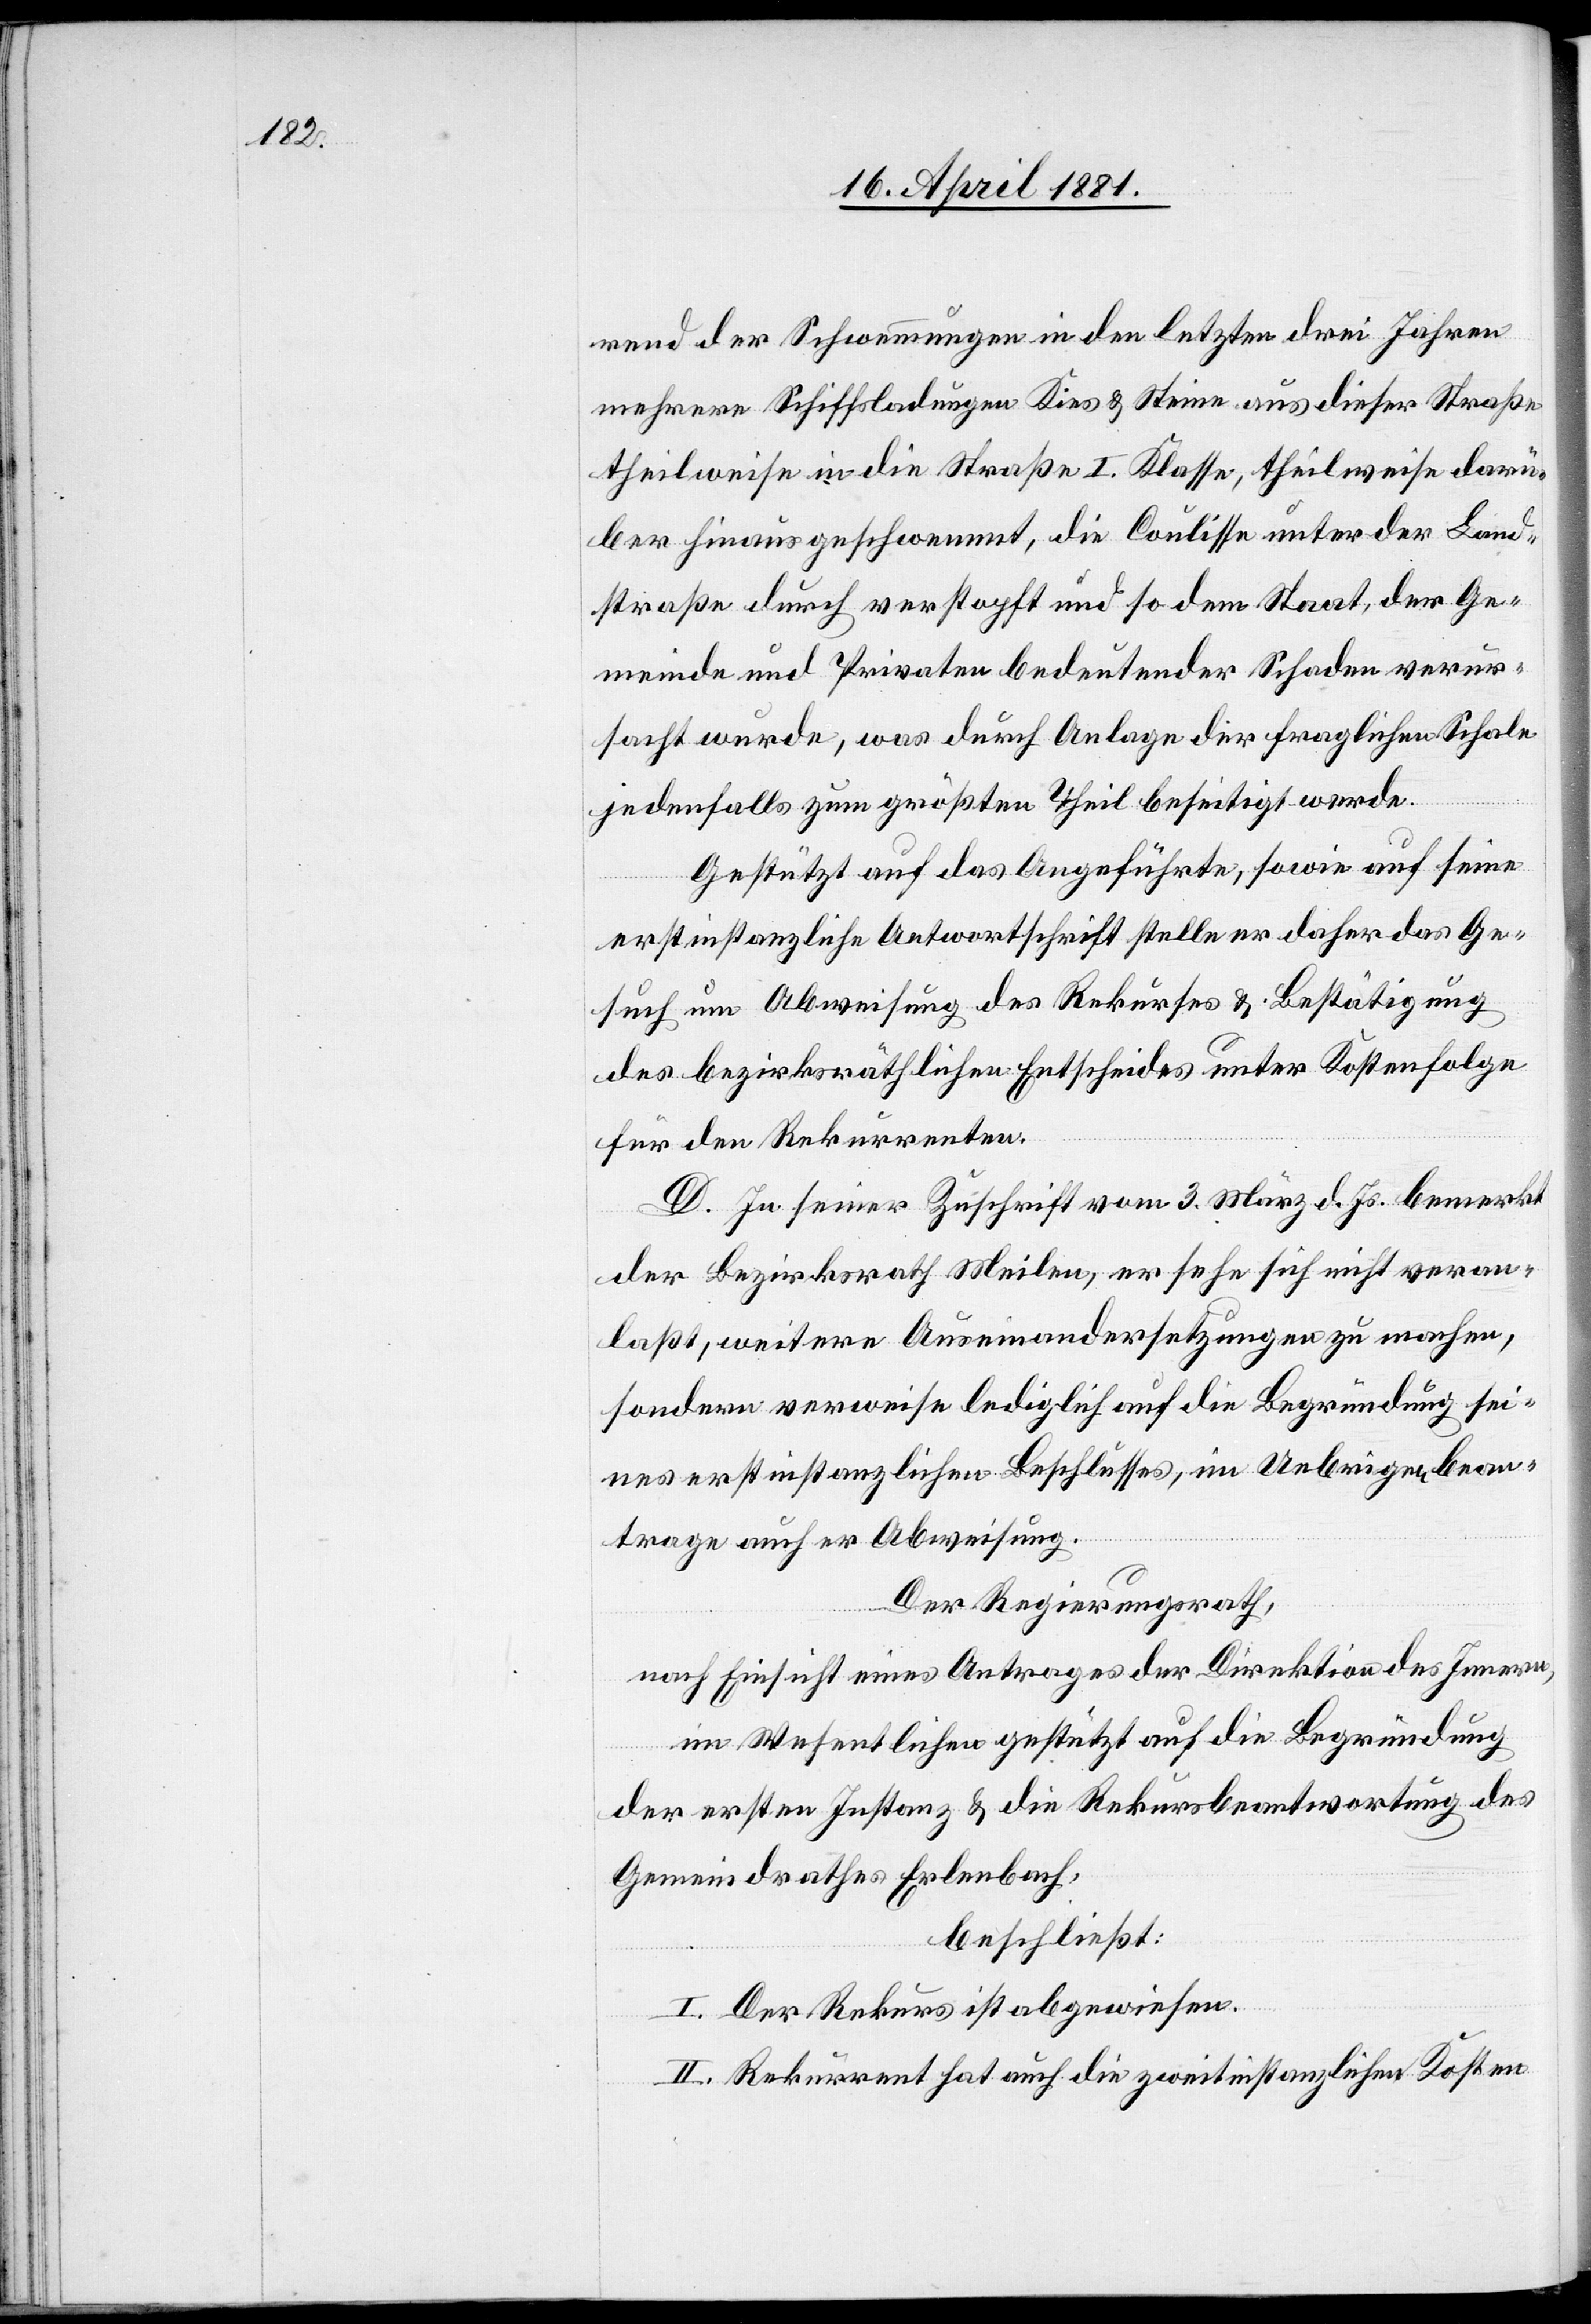
rend der Schwemmungen in den letzten drei Jahren
mehrere Schiffsladungen Kies & Steine aus dieser Straße
theilweise in die Straße I. Klasse, theilweise darü¬
ber hinaus geschwemmt, die Coulisse unter der Land¬
straße durch verstopft und so dem Staat, der Ge¬
meinde und Privaten bedeutender Schaden verur¬
sacht wurde, was durch Anlage der fraglichen Schale
jedenfalls zum größten Theil beseitigt werde.
Gestützt auf das Angeführte, sowie auf seine
erstinstanzliche Antwortschrift stelle er daher das Ge¬
such um Abweisung des Rekurses & Bestätigung
des bezirksräthlichen Entscheides unter Kostenfolge
für den Rekurrenten.
Der Regierungsrath,
nach Einsicht eines Antrages der Direktion des Innern,
im Wesentlichen gestützt auf die Begründung
der ersten Instanz & die Rekursbeantwortung des
Gemeindrathes Erlenbach,
beschließt:
I. Der Rekurs ist abgewiesen.
II. Rekurrent hat auch die zweitinstanzlichen Kosten